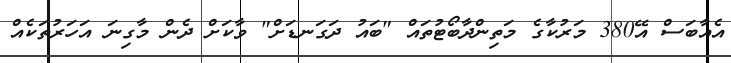
އެއާބަސް އޭ380 މަރުކާގެ މަތިންދާބޯޓުތައް "ބައު ދަގަނޑަށް" ވާކަށް ދެން މާގިނަ އަހަރުތަކެއް